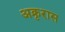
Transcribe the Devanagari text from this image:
अक्रृरास